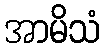
အာမိသံ